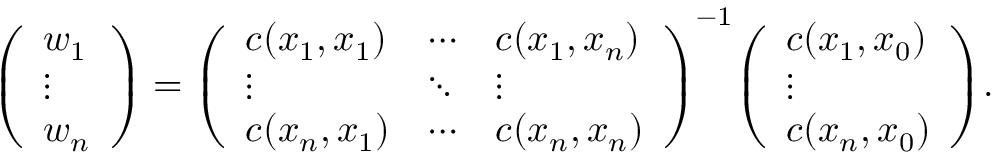
{ \left( \begin{array} { l } { w _ { 1 } } \\ { \vdots } \\ { w _ { n } } \end{array} \right) } = { \left( \begin{array} { l l l } { c ( x _ { 1 } , x _ { 1 } ) } & { \cdots } & { c ( x _ { 1 } , x _ { n } ) } \\ { \vdots } & { \ddots } & { \vdots } \\ { c ( x _ { n } , x _ { 1 } ) } & { \cdots } & { c ( x _ { n } , x _ { n } ) } \end{array} \right) } ^ { - 1 } { \left( \begin{array} { l } { c ( x _ { 1 } , x _ { 0 } ) } \\ { \vdots } \\ { c ( x _ { n } , x _ { 0 } ) } \end{array} \right) } .